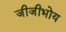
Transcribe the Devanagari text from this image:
जीजीभोय